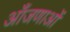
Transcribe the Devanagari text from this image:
आँजणाओं